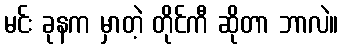
မင်း ခုနက မှာတဲ့ တိုင်ကီ ဆိုတာ ဘာလဲ။